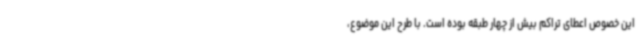
این خصوص اعطای تراکم بیش از چهار طبقه بوده است. با طرح این موضوع،